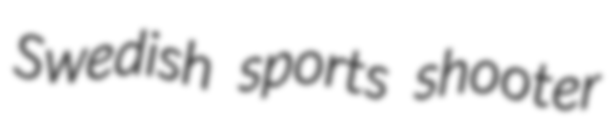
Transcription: Swedish sports shooter